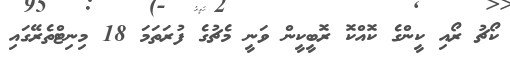
ކޯޗު ރޯއި ކީންގެ ކޮއްކޮ ރޮބީކީން ވަނީ މެޗުގެ ފުރަތަމަ 18 މިނިޓްތެރޭގައި